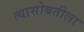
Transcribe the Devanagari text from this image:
त्यासोबतीला